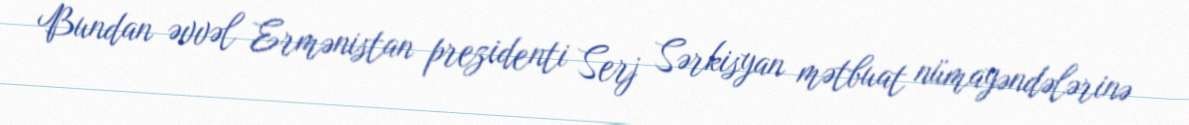
Bundan əvvəl Ermənistan prezidenti Serj Sərkisyan mətbuat nümayəndələrinə